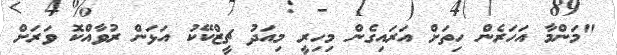
"މަންމާ އަހަރެން ހިތަށް އަރައިގެން މިހިރީ މިއަދު ޗީޒްކޭކު އަޅަން ރުވާއްކޮ ވަރަށް